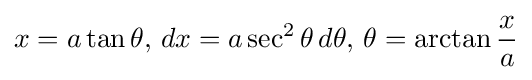
x=a\tan \theta ,\,dx=a\sec ^{2}\theta \,d\theta ,\,\theta =\arctan {\frac {x}{a}}